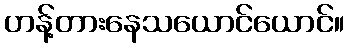
ဟန့်တားနေသယောင်ယောင်။